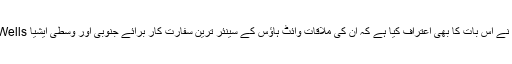
جولائی کے آخر میں طالبان نے اس بات کا بھی اعتراف کیا ہے کہ ان کی ملاقات وائٹ ہاؤس کے سینئر ترین سفارت کار برائے جنوبی اور وسطی ایشیا Alice Wells سے بھی ہوئی ہے۔